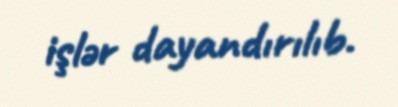
işlər dayandırılıb.